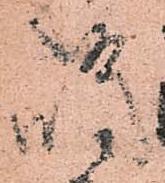
嶋